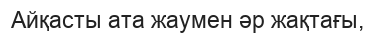
Айқасты ата жаумен әр жақтағы,